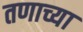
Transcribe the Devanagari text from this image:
तणाच्या